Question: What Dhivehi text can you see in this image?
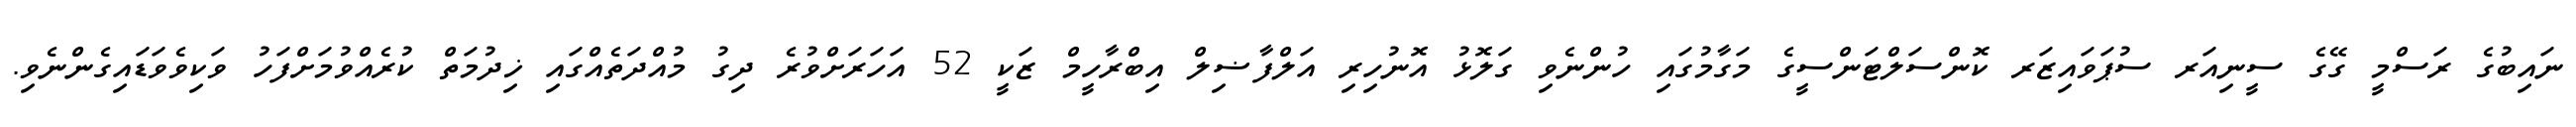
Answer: ނައިބުގެ ރަސްމީ ގޭގެ ސީނިއަރ ސުޕަވައިޒަރ ކޮންސަލްޓަންސީގެ މަގާމުގައި ހުންނެވި ގަލޮޅު އޮނުހިރި އަލްފާޟިލް އިބްރާހީމް ޒަކީ 52 އަހަރަށްވުރެ ދިގު މުއްދަތެއްގައި ޚިދުމަތް ކުރެއްވުމަށްފަހު ވަކިވެވަޑައިގެންނެވި.